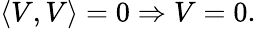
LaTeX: \left\langle V,V\right\rangle=0\Rightarrow V=0.